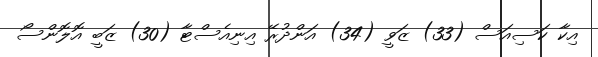
އިކާ ކަސިއަސް (33) ޒަވީ (34) އަންދުރޭ އިނިއެސްޓާ (30) ޒަބީ އޮލޮންސޯ